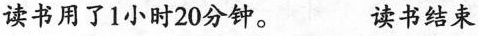
读书用了1小时20分钟。 读书结束